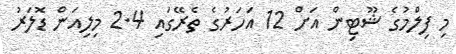
މި ފިލްމުގެ ޝޫޓިން އަށް 12 އަހަރުގެ ތެރޭގައި 2.4 މިލިއަން ޑޮލަރު